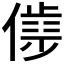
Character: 𰂮